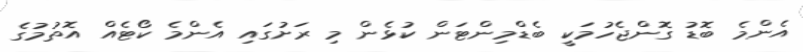
އެންމެ ބޮޑު ގޮންޖެހުމަކީ ބެޑްމިންޓަން ކުޅެން މި ރަށުގައި އެންމެ ކޯޓެއް އޮތުމުގެ